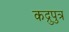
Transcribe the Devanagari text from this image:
कद्रुपुत्र